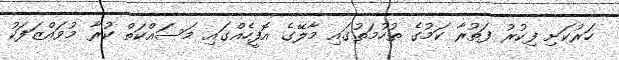
ހަރުކަށި ފިކުރު ފަތުރާ ކަމުގެ ތުހުމަތުގައި މާލޭގެ އޮފީހެއްގައި މަސައްކަތް ކުރާ މުވައްޒަފަކު